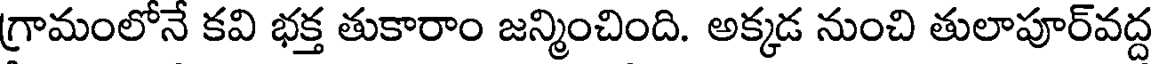
గ్రామంలోనే కవి భక్త తుకారాం జన్మించింది. అక్కడ నుంచి తులాపూర్వద్ద